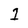
Character: 1